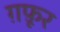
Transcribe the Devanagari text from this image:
ग़फ़ूर